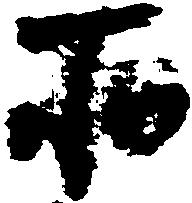
所